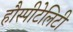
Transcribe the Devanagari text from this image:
हौस्पीटेलिटी